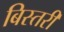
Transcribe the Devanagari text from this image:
बिस्तरी